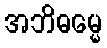
အဘိဓမ္မေ